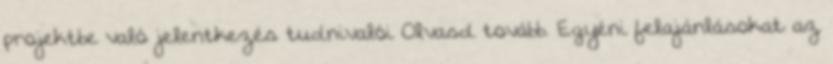
projektbe való jelentkezés tudnivalói Olvasd tovább. Egyéni felajánlásokat az